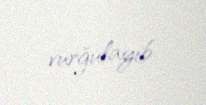
vurğulayıb.